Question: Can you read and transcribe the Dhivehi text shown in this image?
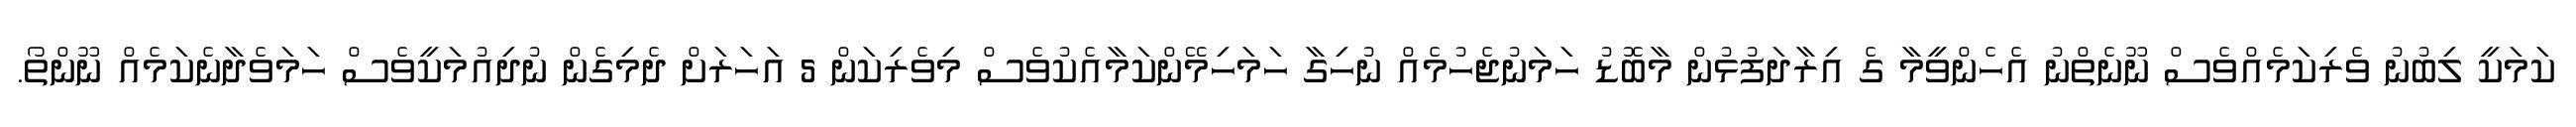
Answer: ކަމަކީ ލިބުނު ވެރިކަމެއްވެސް ނޫނެތްނު އެހެންވީމާ ގެ އިރާދަފުޅުން މާބޮޑު ހަމަނުޖެހުމެއް ނުހިގާ ހަމަހިމޭންކަމާއެކުވެސް މިވެރިކަން 5 އަހަރަށް ދެމިގެން ނުދިއުމަކީވެސް ހަމަވެދާނެކަމެއް ނޫންތޯ.